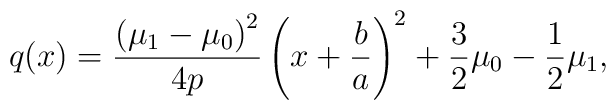
q(x)={\left(\mu_1-\mu_0\right)^2\over 4p}\left(x+{b\over a}\right)^2+{3\over 2}\mu_0 - {1\over 2}\mu_1,